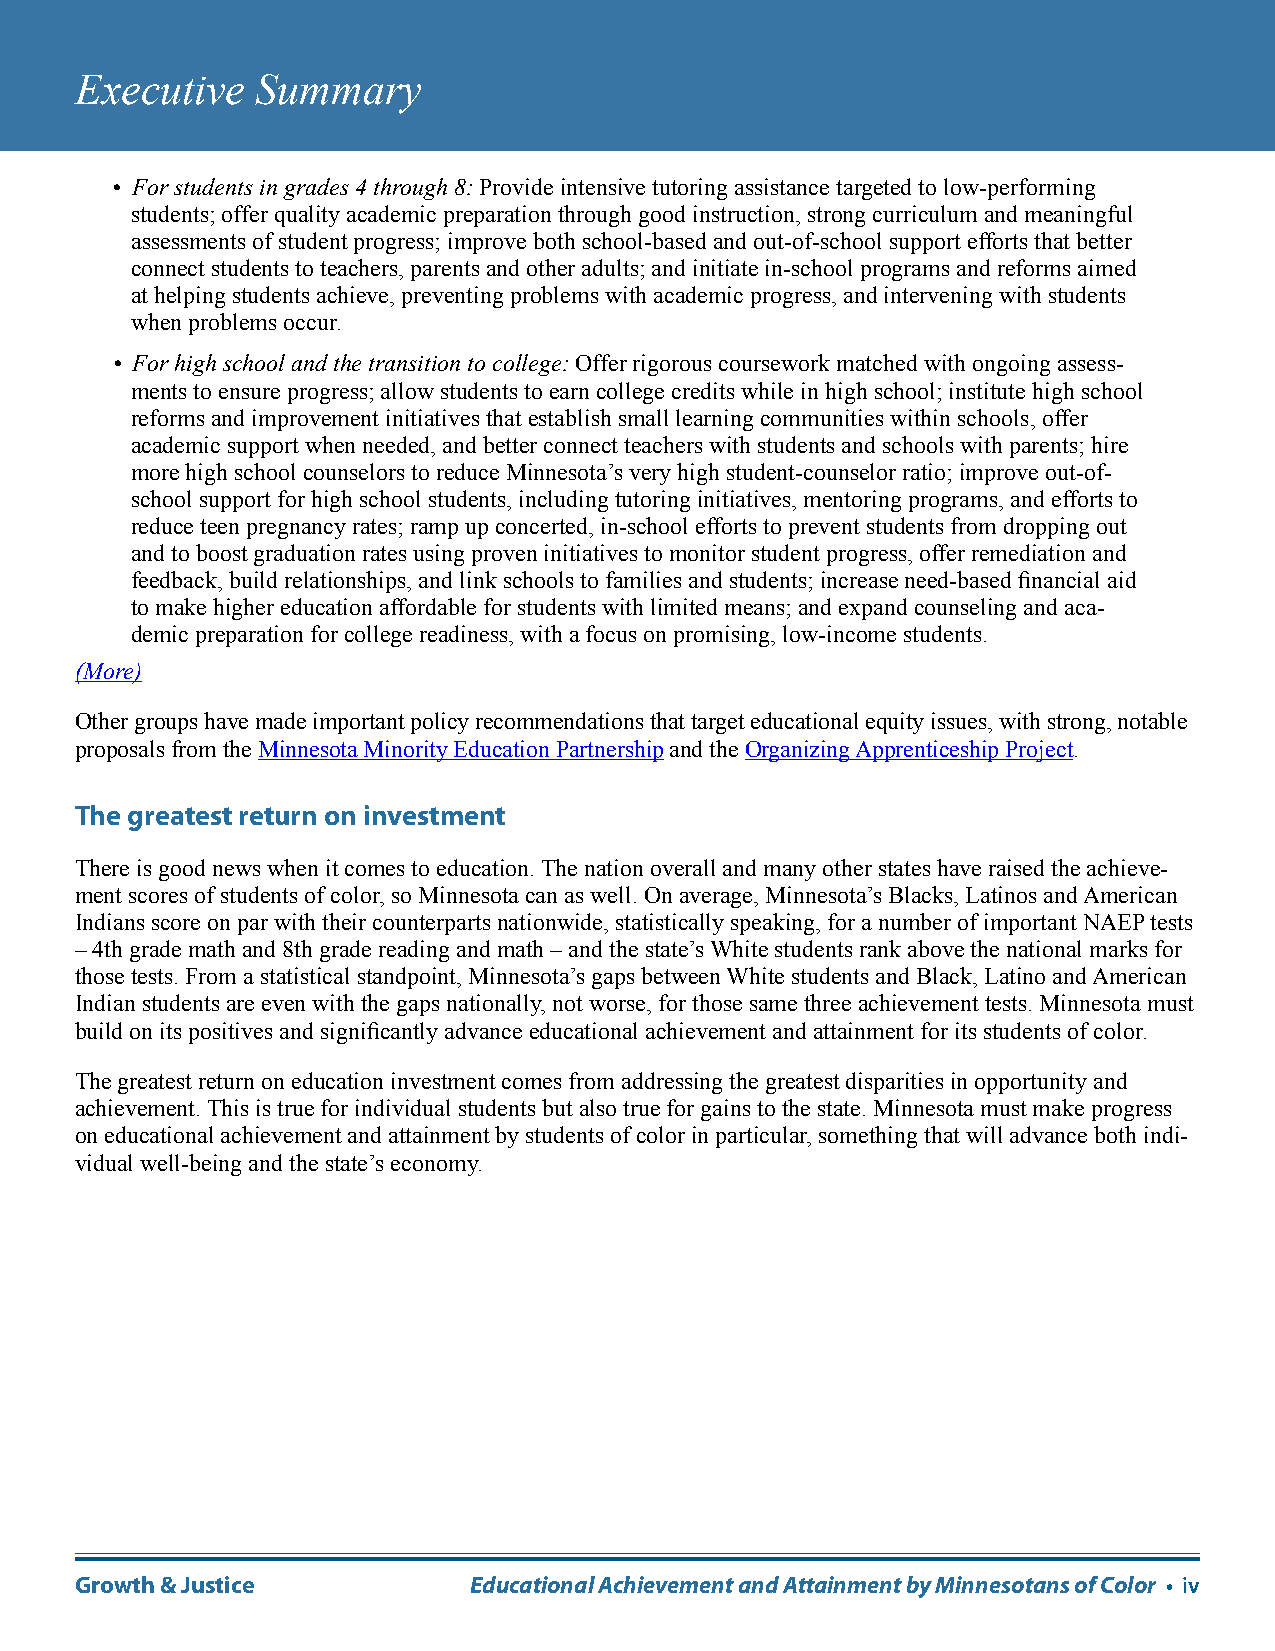
Executive   Summary
 • For students in grades 4 through 8: Provide intensive tutoring assistance targeted to low-performing
 students; offer quality academic preparation through good instruction, strong curriculum and meaningful
 assessments of student progress; improve both school-based and out-of-school support efforts that better
 connect students to teachers, parents and other adults; and initiate in-school programs and reforms aimed
 at helping students achieve, preventing problems with academic progress, and intervening with students
 when problems occur.
 • For high school and the transition to college: Offer rigorous coursework matched with ongoing assess-
 ments to ensure progress; allow students to earn college credits while in high school; institute high school
 reforms and improvement initiatives that establish small learning communities within schools, offer
 academic support when needed, and better connect teachers with students and schools with parents; hire
 more high school counselors to reduce Minnesota’s very high student-counselor ratio; improve out-of-
 school support for high school students, including tutoring initiatives, mentoring programs, and efforts to
 reduce teen pregnancy rates; ramp up concerted, in-school efforts to prevent students from dropping out
 and to boost graduation rates using proven initiatives to monitor student progress, offer remediation and
 feedback, build relationships, and link schools to families and students; increase need-based financial aid
 to make higher education affordable for students with limited means; and expand counseling and aca-
 demic preparation for college readiness, with a focus on promising, low-income students.
 (More)
 Other groups have made important policy recommendations that target educational equity issues, with strong, notable
 proposals from the Minnesota Minority Education Partnership and the Organizing Apprenticeship Project.
 The greatest return on investment
 There is good news when it comes to education. The nation overall and many other states have raised the achieve-
 ment scores of students of color, so Minnesota can as well. On average, Minnesota’s Blacks, Latinos and American
 Indians score on par with their counterparts nationwide, statistically speaking, for a number of important NAEP tests
 – 4th grade math and 8th grade reading and math – and the state’s White students rank above the national marks for
 those tests. From a statistical standpoint, Minnesota’s gaps between White students and Black, Latino and American
 Indian students are even with the gaps nationally, not worse, for those same three achievement tests. Minnesota must
 build on its positives and significantly advance educational achievement and attainment for its students of color.
 The greatest return on education investment comes from addressing the greatest disparities in opportunity and
 achievement. This is true for individual students but also true for gains to the state. Minnesota must make progress
 on educational achievement and attainment by students of color in particular, something that will advance both indi-
 vidual well-being and the state’s economy.
 Growth & Justice          Educational Achievement and Attainment by Minnesotans of Color • iv